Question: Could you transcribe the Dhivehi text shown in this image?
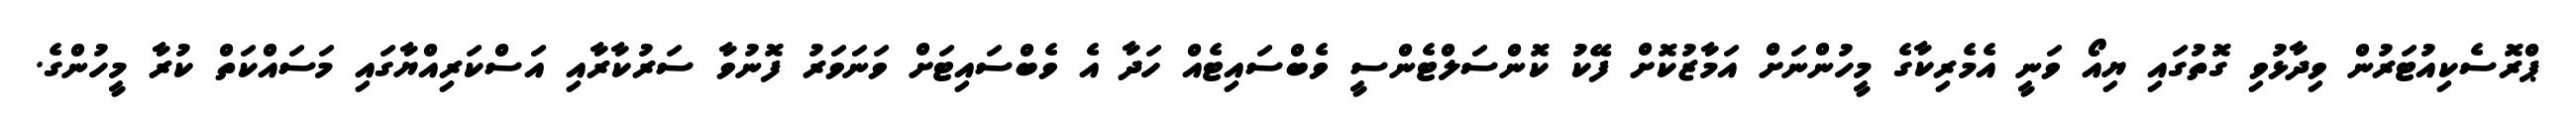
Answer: ޕްރޮސެކިއުޓަރުން ވިދާޅުވި ގޮތުގައި ޔިއޯ ވަނީ އެމެރިކާގެ މީހުންނަށް އަމާޒުކޮށް ފޭކު ކޮންސަލްޓެންސީ ވެބްސައިޓެއް ހަދާ އެ ވެބްސައިޓަށް ވަނަވަރު ފޮނުވާ ސަރުކާރާއި އަސްކަރިއްޔާގައި މަސައްކަތް ކުރާ މީހުންގެ.